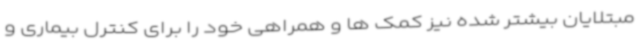
مبتلایان بیشتر شده نیز کمک ها و همراهی خود را برای کنترل بیماری و